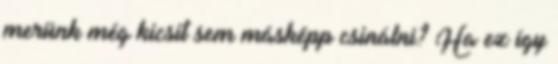
merünk még kicsit sem másképp csinálni? Ha ez így